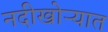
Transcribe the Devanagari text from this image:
नदीखोऱ्यात